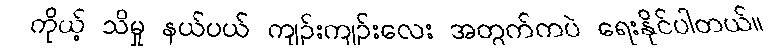
ကိုယ့် သိမှု နယ်ပယ် ကျဉ်းကျဉ်းလေး အတွက်ကပဲ ရေးနိုင်ပါတယ်။